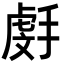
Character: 𫽯